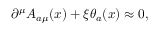
\partial ^ { \mu } A _ { a \mu } ( x ) + \xi \theta _ { a } ( x ) \approx 0 ,